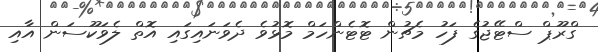
ގްރޫޕް ސްޓޭޖުގެ ފަހު މެޗުން ޓޮޓެންހަމް މޮޅުވެ ދެވަނައިގައި އޮތް ލެވަކޫސަން އާއި